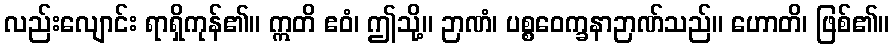
လည်းလျောင်း ရာရှိကုန်၏။ ဣတိ ဧဝံ၊ ဤသို့။ ဉာဏံ၊ ပစ္စဝေက္ခနာဉာဏ်သည်။ ဟောတိ၊ ဖြစ်၏။